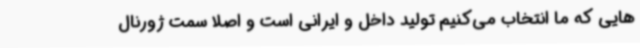
هایی که ما انتخاب می‌کنیم تولید داخل و ایرانی است و اصلا سمت ژورنال